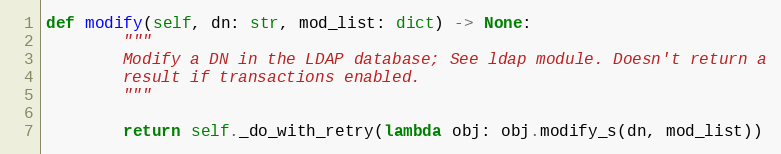
Language: Python
def modify(self, dn: str, mod_list: dict) -> None:
        """
        Modify a DN in the LDAP database; See ldap module. Doesn't return a
        result if transactions enabled.
        """

        return self._do_with_retry(lambda obj: obj.modify_s(dn, mod_list))